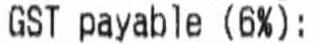
GST PAYABLE (6%):